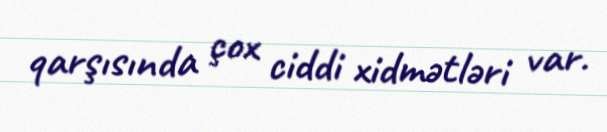
qarşısında çox ciddi xidmətləri var.